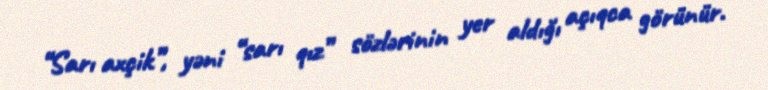
“Sarı axçik”, yəni “sarı qız” sözlərinin yer aldığı açıqca görünür.